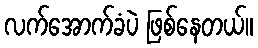
လက်အောက်ခံပဲ ဖြစ်နေတယ်။